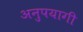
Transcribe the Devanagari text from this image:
अनुपयागी